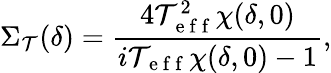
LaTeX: \Sigma_{\mathcal{T}}(\delta)=\frac{{4\mathcal{T}_{\mathrm{{~e~f~f~}}}^{2}\chi(\delta,0)}}{{i\mathcal{T}_{\mathrm{{~e~f~f~}}}\chi(\delta,0)-1}},